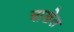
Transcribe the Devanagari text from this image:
चाखेल